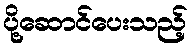
ပို့ဆောင်ပေးသည့်